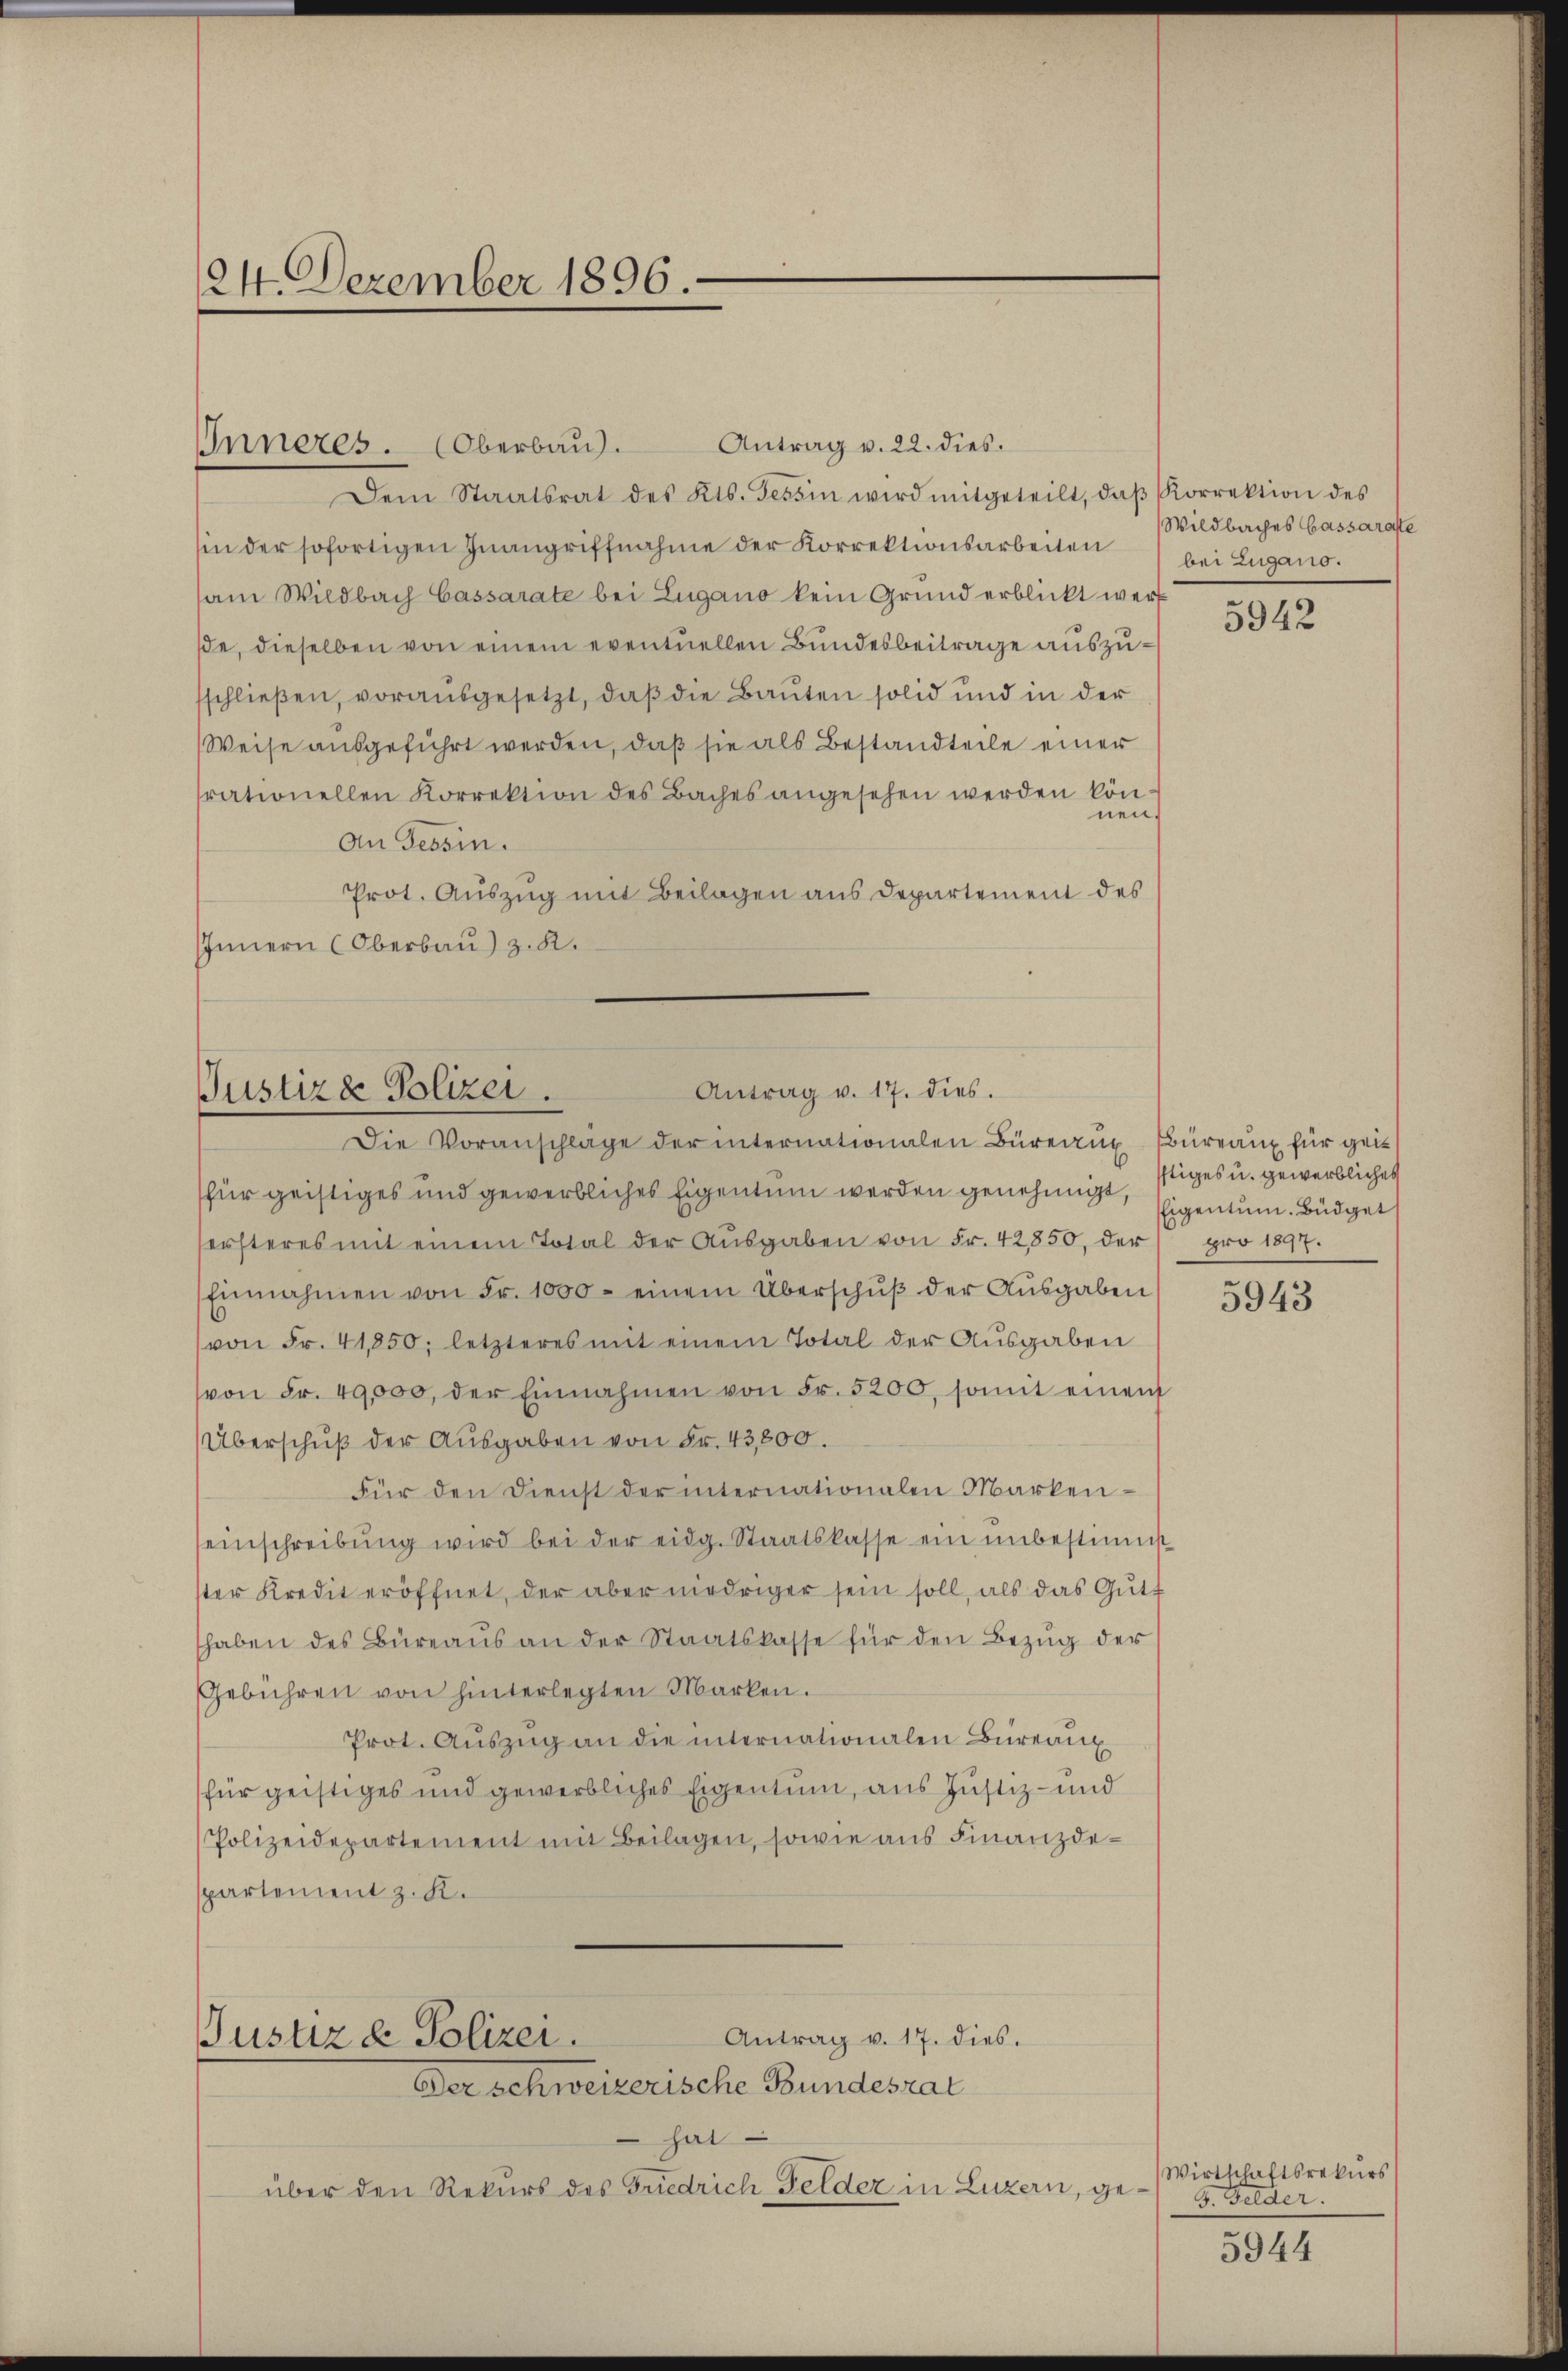
124. Dezember 1896.-

Antrag v. 22. dies.
Dem Staatsrat des Kts. Tessin wird mitgeteilt, daβ Korrektion des
sin der sofortigen Inangriffnahme der Korrektionsarbeiten bei Lugano.
am Wildbach Cassarate bei Lugano kein Grund erblickt werf
ße, dieselben von einem eventuellen Bundesbeitrage auszusschließen, vorausgesetzt, daß die Bauten solid und in der
Weise ausgeführt werden, daß sie als Bestandteile einer
rationellen Korrektion des Baches angesehen werden können.
An Tessin.
Prot. Auszug mit Beilagen aus Departement des
IInnern (Oberbau) z. B.

Inneres. (Oberbau.

Antrag v. 17. dies.
Justiz & Polizei.
Die Voranschläge der internationalen Büreaux Bureaux für geis

Antrag v. 17. dies.
Justiz & Polizei.
Der schweizerische Bundesrat

hat
über den Rekurs des Friedrich Felder in Luzern, ge¬

hür geistiges und gewerbliches Eigentum werden genehmigt,
ersteres mit einem Total der Aŭsgaben von Fr. 42850, der pro 1897.
Einnahmen von Fr. 1000 - einem Überschŭβ der Aŭsgaben
von Fr. 41,850; letzteres mit einem Total der Ausgaben
von Fr. 49,000, der Einnahmen von Fr. 5200, somit einen
Überschuß der Ausgaben von Fr. 43,800.
Für den Dienst der internationalen Markeneinschreibŭng wird bei der eidg. Staatskasse ein unbestimmt
ster Kredit eröffnet, der aber niedriger sein soll, als das Gutt
haben des Büreaŭs an der Staatskasse für den Bezug der
Gebühren von hinterlegten Marken.
Prot. Auszug an die internationalen Büreaux
für geistiges und gewerbliches Eigentum, aus Justiz- und
Polizeidepartement mit Beilagen, sowie aus Finanzdespartement z. K.

Wildbaches Cassaraste

5942

stiges u. gewerbliches
Eigentum Büdget

5943

Wirtschaftsrekurs
G. Gelder.

5944